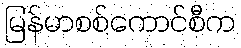
မြန်မာစစ်ကောင်စီက